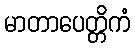
မာတာပေတ္တိကံ